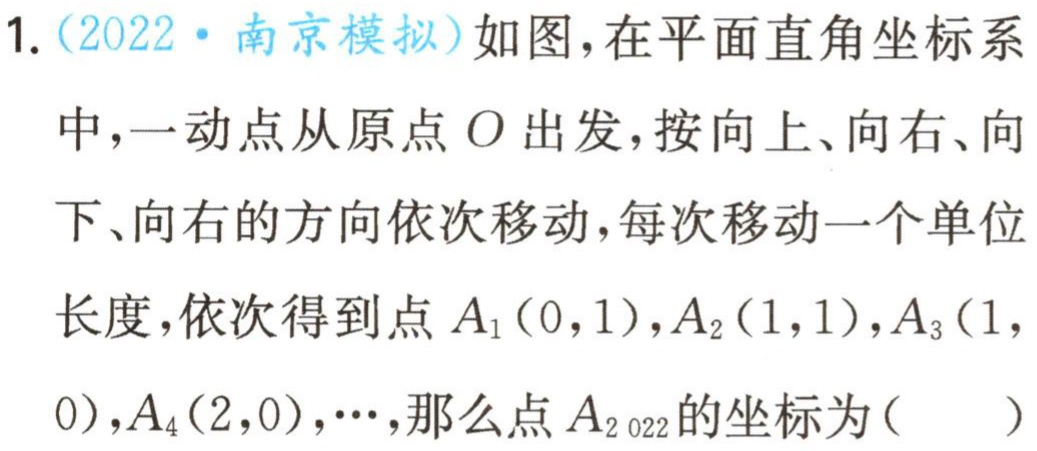
1.（2022·南京模拟）如图，在平面直角坐标系中，一动点从原点\(O\)出发，按向上、向右、向下、向右的方向依次移动，每次移动一个单位长度，依次得到点\(A_1(0,1)\)，\(A_2(1,1)\)，\(A_3(1,0)\)，\(A_4(2,0)\)，\(\cdots\)，那么点\(A_{2022}\)的坐标为（  ）